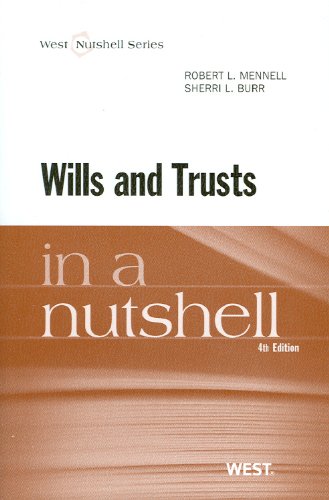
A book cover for Wills and Trusts in a Nutshell, 4th Edition (West Nutshell Series; ROBERT MENNELL; Law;